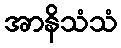
အာနိသံသံ